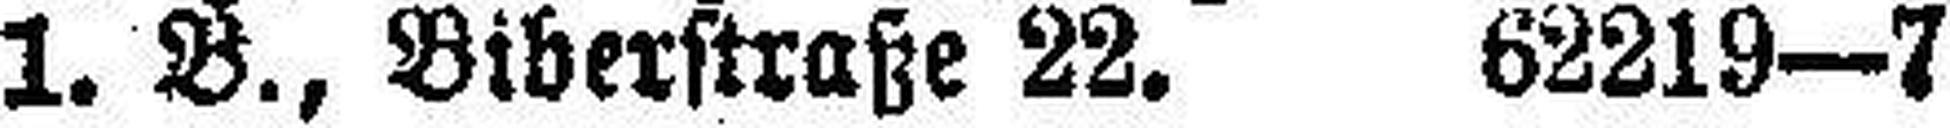
1. B., Biberstraße 22. 62219—7